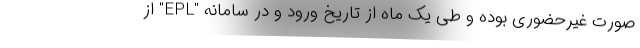
صورت غیرحضوری بوده و طی یک ماه از تاریخ ورود و در سامانه "EPL" از